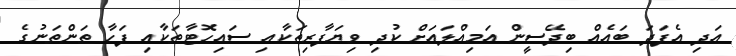
އަދި އެފަދަ ބައެއް ބިދޭސީން އަމިއްލައަށް ކުދި ވިޔަފާރިތަކާއި ސައިހޮޓާތަކާއި ފަހާ ތަންތަނުގެ